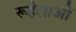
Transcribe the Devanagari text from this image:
रूहेलाओं